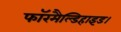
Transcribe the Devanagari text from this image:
फॉरमैल्डिहाइड।